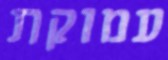
עמוקת